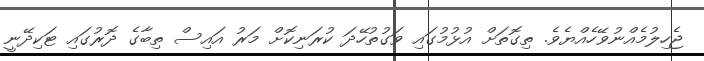
ޖެހިލުމެއްނުވޭހެއްޔެވެ. ތިގޮތަށް އުޅުމުގައި ވަގުތުހޭދަ ކުރަނިކޮށް މަރު އައިސް ތިބާގެ ދޮރުގައި ޓަކިދޭނީ